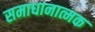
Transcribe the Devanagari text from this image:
समाधानात्मक